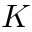
K